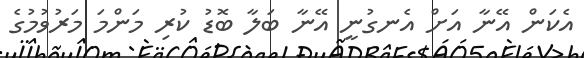
އެކަން އޭނާ އަށް އެނގުނީ އޭނާ ބަލާ ބޮޑު ކުރި މަންމަ މަރުވުމުގެ